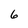
Character: 6